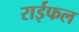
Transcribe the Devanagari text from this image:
राईफल